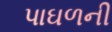
પાઘળની